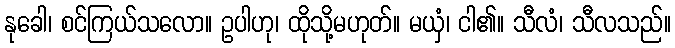
နုခေါ၊ စင်ကြယ်သလော။ ဥပါဟု၊ ထိုသို့မဟုတ်။ မယှံ၊ ငါ၏။ သီလံ၊ သီလသည်။